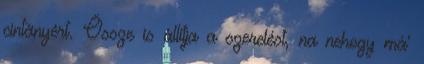
cintányért. Össze is állítja a szerelést, na nehogy má'